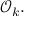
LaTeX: { \mathcal { O } } _ { k } .